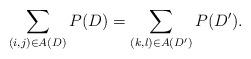
LaTeX: \begin{align*}\sum_{(i,j)\in A(D)} P(D)=\sum_{(k,l)\in A(D')} P(D').\end{align*}